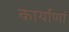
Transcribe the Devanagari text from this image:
कार्याणां